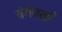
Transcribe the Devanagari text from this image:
चंगेजखाँ